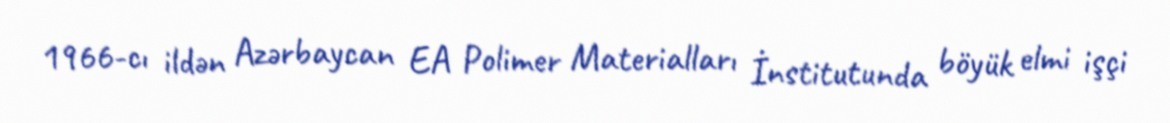
1966-cı ildən Azərbaycan EA Polimer Materialları İnstitutunda böyük elmi işçi